Proceedings of the meeting of veterinary officers in India
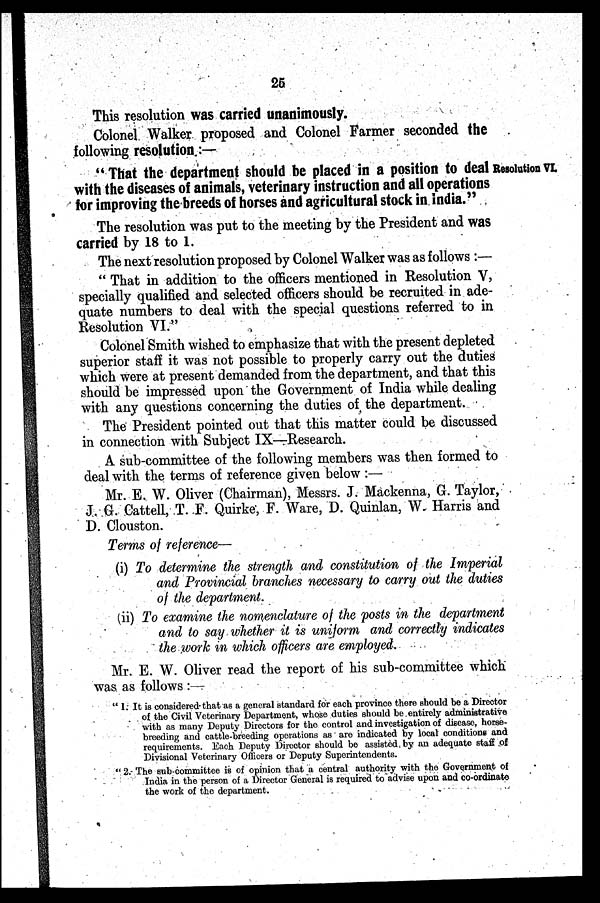
25
This resolution was carried unanimously.
Colonel Walker proposed and Colonel Farmer seconded the
following resolution.:—
Resolution VI.
" That the department should be placed in a position to deal
with the diseases of animals, veterinary instruction and all operations
for improving the breeds of horses and agricultural stock in India."
The resolution was put to the meeting by the President and was
carried by 18 to 1.
The next resolution proposed by Colonel Walker was as follows :—
" That in addition to the officers mentioned in Resolution V,
specially qualified and selected officers should be recruited in ade-
quate numbers to deal with the special questions referred to in
Resolution VI."
Colonel Smith wished to emphasize that with the present depleted
superior staff it was not possible to properly carry out the duties
which were at present demanded from the department, and that this
should be impressed upon the Government of India while dealing
with any questions concerning the duties of the department.
The President pointed out that this matter could be discussed
in connection with Subject IX—Research.
A sub-committee of the following members was then formed to
deal with the terms of reference given below :—
Mr. E. W. Oliver (Chairman), Messrs. J. Mackenna, G. Taylor,
J. G. Cattell, T. F. Quirke, F. Ware, D. Quinlan, W. Harris and
D. Clouston.
Terms of reference—
(i) To determine the strength and constitution of the Imperial
and Provincial branches necessary to carry out the duties
of the department.
(ii) To examine the nomenclature of the posts in the department
and to say whether it is uniform and correctly indicates
the work in which officers are employed.
Mr. E. W. Oliver read the report of his sub-committee which
was as follows :—
" 1: It is considered that as a general standard for each province there should be a Director
of the Civil Veterinary Department, whose duties should be entirely administrative
with as many Deputy Directors for the control and investigation of disease, horse-
breeding and cattle-breeding operations as are indicated by local conditions and
requirements. Each Deputy Director should be assisted by an adequate staff of
Divisional Veterinary Officers or Deputy Superintendents.
" 2. The sub-committee is of opinion that a central authority with the Government of
India in the person of a Director General is required to advise upon and co-ordinate
the work of the department.